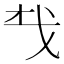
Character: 𢦔